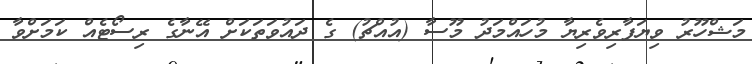
މަޝްހޫރު ވިޔަފާރިވެރިޔާ މުހައްމަދު މޫސާ (އުއްޗު) ގެ ދައުވަތަކަށް އޭނާގެ ރިސޯޓެއް ކަމަށްވާ